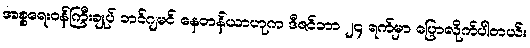
အစ္စရေးဝန်ကြီးချုပ် ဘင်ဂျမင် နေတန်ယာဟုက ဒီဇင်ဘာ ၂၄ ရက်မှာ ပြောလိုက်ပါတယ်။